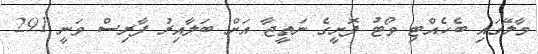
މާލޭގައި ބެހެއްޓި ވޯޓު ފޮށީގެ ނަތީޖާ އަށް ބަލާއިރު ފާރިސް ވަނީ 291